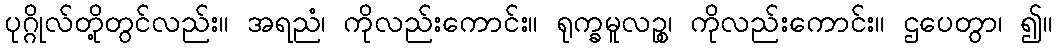
ပုဂ္ဂိုလ်တို့တွင်လည်း။ အရညံ၊ ကိုလည်းကောင်း။ ရုက္ခမူလဉ္စ၊ ကိုလည်းကောင်း။ ဌပေတွာ၊ ၍။